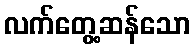
လက်တွေ့ဆန်သော